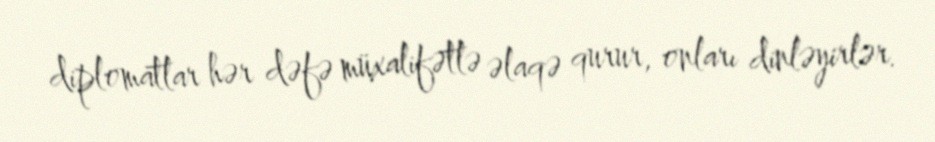
diplomatlar hər dəfə müxalifətlə əlaqə qurur, onları dinləyirlər.